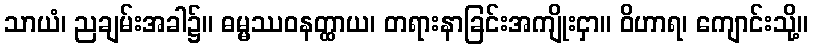
သာယံ၊ ညချမ်းအခါ၌။ ဓမ္မဿဝနတ္ထာယ၊ တရားနာခြင်းအကျိုးငှာ။ ဝိဟာရ၊ ကျောင်းသို့။